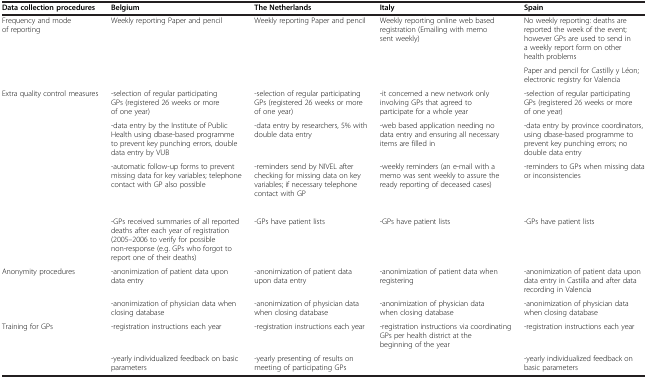
<table><thead><tr><td><b>Data collection procedures</b></td><td><b>Belgium</b></td><td><b>The Netherlands</b></td><td><b>Italy</b></td><td><b>Spain</b></td></tr></thead><tbody><tr><td>Frequency and mode of reporting</td><td>Weekly reporting Paper and pencil</td><td>Weekly reporting Paper and pencil</td><td>Weekly reporting online web based registration (Emailing with memo sent weekly)</td><td>No weekly reporting: deaths are reported the week of the event; however GPs are used to send in a weekly report form on other health problems</td></tr><tr><td>[EMPTY_CELL]</td><td>[EMPTY_CELL]</td><td>[EMPTY_CELL]</td><td>[EMPTY_CELL]</td><td>Paper and pencil for Castilly y Léon; electronic registry for Valencia</td></tr><tr><td>Extra quality control measures</td><td>-selection of regular participating GPs (registered 26 weeks or more of one year)</td><td>-selection of regular participating GPs (registered 26 weeks or more of one year)</td><td>-it concerned a new network only involving GPs that agreed to participate for a whole year</td><td>-selection of regular participating GPs (registered 26 weeks or more of one year)</td></tr><tr><td rowspan="4">[EMPTY_CELL]</td><td>-data entry by the Institute of Public Health using dbase-based programme to prevent key punching errors, double data entry by VUB</td><td>-data entry by researchers, 5% with double data entry</td><td>-web based application needing no data entry and ensuring all necessary items are filled in</td><td>-data entry by province coordinators, using dbase-based programme to prevent key punching errors; no double data entry</td></tr><tr><td>-automatic follow-up forms to prevent missing data for key variables; telephone contact with GP also possible</td><td>-reminders send by NIVEL after checking for missing data on key variables; if necessary telephone contact with GP</td><td>-weekly reminders (an e-mail with a memo was sent weekly to assure the ready reporting of deceased cases)</td><td>-reminders to GPs when missing data or inconsistencies</td></tr><tr><td>[EMPTY_CELL]</td><td>[EMPTY_CELL]</td><td>[EMPTY_CELL]</td><td>[EMPTY_CELL]</td></tr><tr><td>-GPs received summaries of all reported deaths after each year of registration (2005–2006 to verify for possible non-response (e.g. GPs who forgot to report one of their deaths)</td><td>-GPs have patient lists</td><td>-GPs have patient lists</td><td>-GPs have patient lists</td></tr><tr><td>Anonymity procedures</td><td>-anonimization of patient data upon data entry</td><td>-anonimization of patient data upon data entry</td><td>-anonimization of patient data when registering</td><td>-anonimization of patient data upon data entry in Castilla and after data recording in Valencia</td></tr><tr><td>[EMPTY_CELL]</td><td>-anonimization of physician data when closing database</td><td>-anonimization of physician data when closing database</td><td>-anonimization of physician data when closing database</td><td>-anonimization of physician data when closing database</td></tr><tr><td>Training for GPs</td><td>-registration instructions each year</td><td>-registration instructions each year</td><td>-registration instructions via coordinating GPs per health district at the beginning of the year</td><td>-registration instructions each year</td></tr><tr><td>[EMPTY_CELL]</td><td>-yearly individualized feedback on basic parameters</td><td>-yearly presenting of results on meeting of participating GPs</td><td>[EMPTY_CELL]</td><td>-yearly individualized feedback on basic parameters</td></tr></tbody></table>